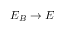
E _ { B } \to E